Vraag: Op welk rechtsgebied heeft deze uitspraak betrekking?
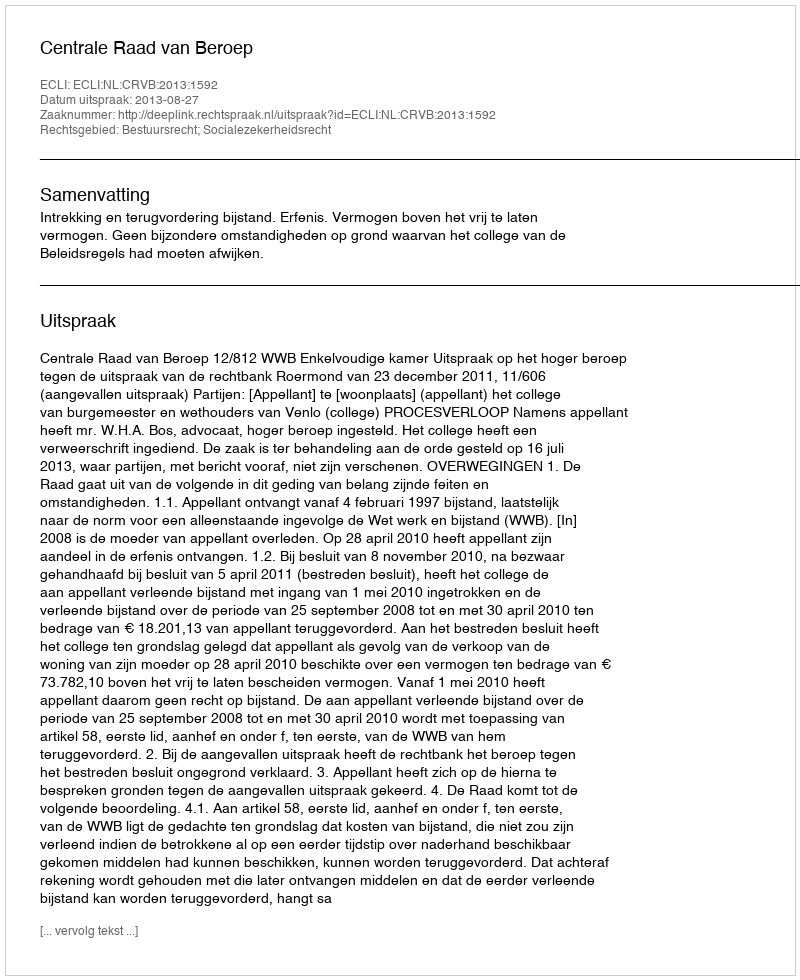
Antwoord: Bestuursrecht; Socialezekerheidsrecht